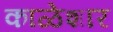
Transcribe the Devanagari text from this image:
काळेशार